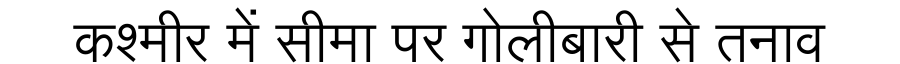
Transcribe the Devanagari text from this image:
कश्मीर में सीमा पर गोलीबारी से तनाव